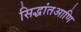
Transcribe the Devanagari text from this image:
सिद्धांतआणि